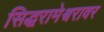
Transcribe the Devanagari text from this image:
सिद्धरामेश्वरावर